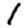
Digit: 1